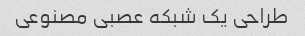
طراحی یک شبکه عصبی مصنوعی